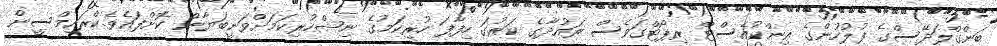
ބަންގްލަދޭސްގެ ފުލުހުންގެ އިންކުއެސްޓް ރިޕޯޓްގަވެސް ރައުދާގެ ކަރުގަ ހިފާފަ ހުރިކަމުގެ ނިޝްހުރިކަމަށްވަނީބަޔާން ކޮށްފައެވެ.ކްރައިމްސީން